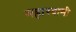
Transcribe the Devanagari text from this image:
महास्वामी